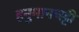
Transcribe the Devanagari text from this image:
हनुमानचट्टी